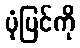
ပုံပြင်ကို